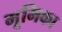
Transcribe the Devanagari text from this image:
मूमिका